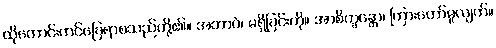
ထိုကောင်းကင်ခြေရာစသည်တို့၏။ အဘာဝံ၊ မရှိခြင်းကို။ အာစိက္ခန္တော၊ ကြားတော်မူလျက်။